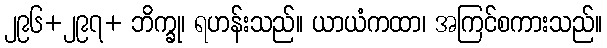
၂၉၆+၂၉၇+ ဘိက္ခု၊ ရဟန်းသည်။ ယာယံကထာ၊ အကြင်စကားသည်။